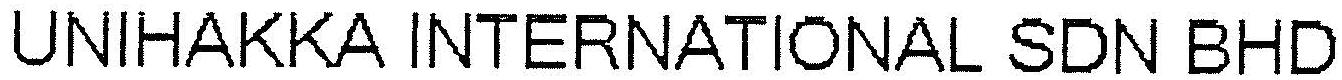
UNIHAKKA INTERNATIONAL SDN BHD